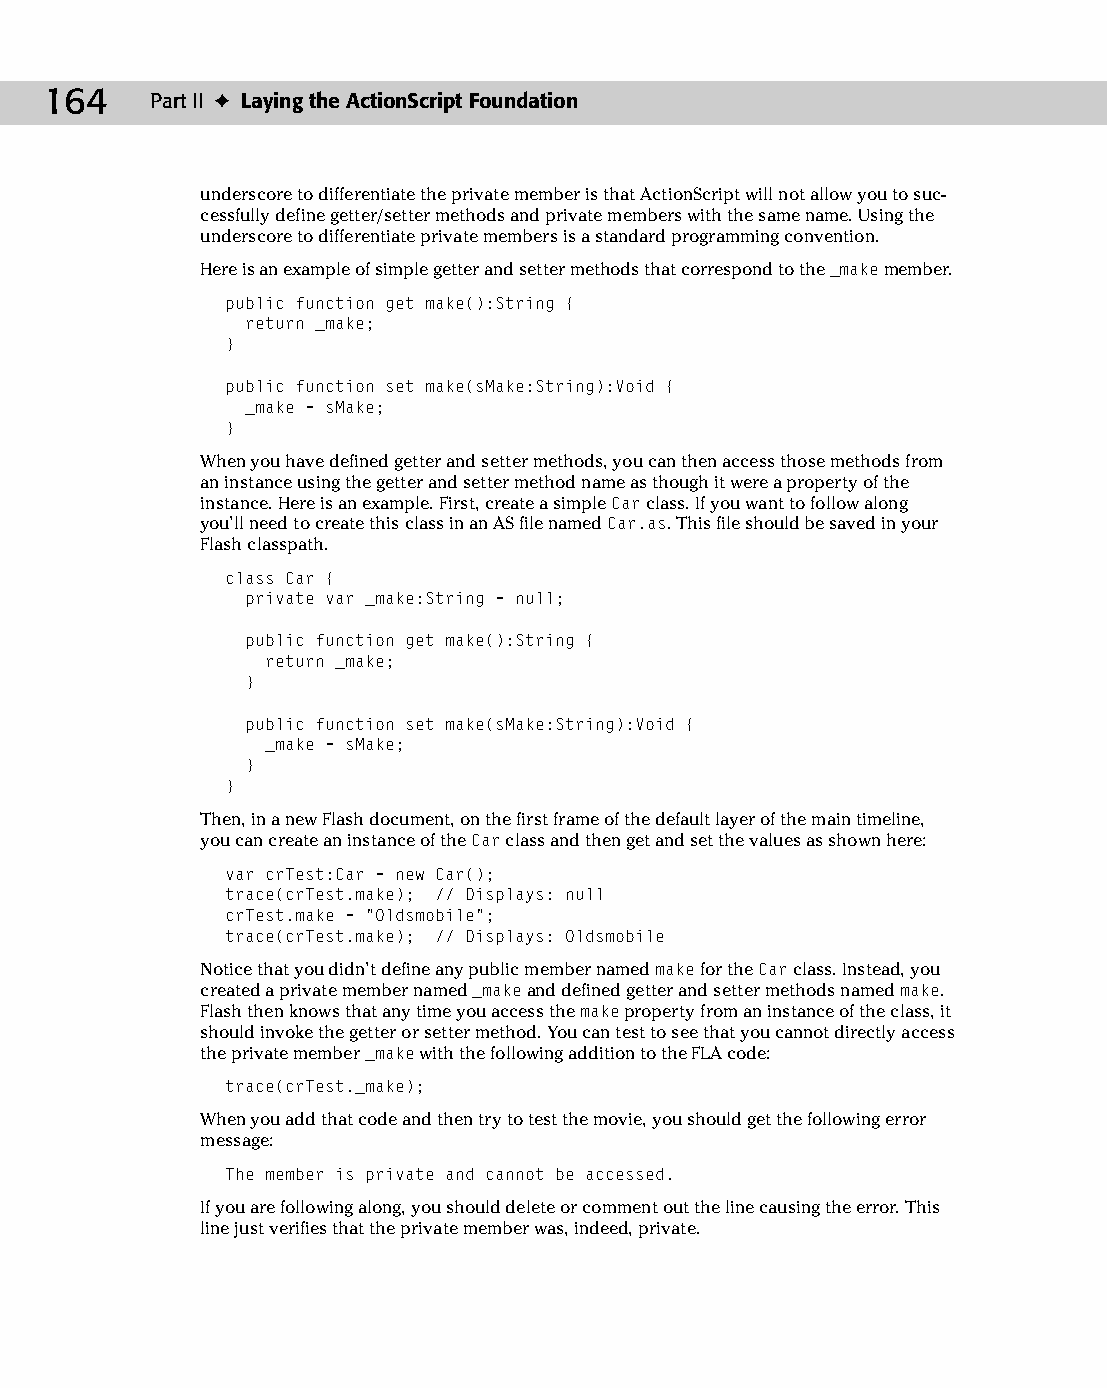
10 543547 ch07.qxd 3/24/04 3:50 PM Page 164
 164    Part II ✦ Laying the ActionScript Foundation
 underscore to differentiate the private member is that ActionScript will not allow you to suc­
 cessfully define getter/setter methods and private members with the same name. Using the
 underscore to differentiate private members is a standard programming convention.
 Here is an example of simple getter and setter methods that correspond to the _make member.
 public function get make():String {
 return _make;
 }
 public function set make(sMake:String):Void {
 _make = sMake;
 }
 When you have defined getter and setter methods, you can then access those methods from
 an instance using the getter and setter method name as though it were a property of the
 instance. Here is an example. First, create a simple Car class. If you want to follow along
 you’ll need to create this class in an AS file named Car.as. This file should be saved in your
 Flash classpath.
 class Car {
 private var _make:String = null;
 public function get make():String {
 return _make;
 }
 public function set make(sMake:String):Void {
 _make = sMake;
 }
 }
 Then, in a new Flash document, on the first frame of the default layer of the main timeline,
 you can create an instance of the Car class and then get and set the values as shown here:
 var crTest:Car = new Car();
 trace(crTest.make); // Displays: null
 crTest.make = “Oldsmobile”;
 trace(crTest.make); // Displays: Oldsmobile
 Notice that you didn’t define any public member named make for the Car class. Instead, you
 created a private member named _make and defined getter and setter methods named make.
 Flash then knows that any time you access the make property from an instance of the class, it
 should invoke the getter or setter method. You can test to see that you cannot directly access
 the private member _make with the following addition to the FLA code:
 trace(crTest._make);
 When you add that code and then try to test the movie, you should get the following error
 message:
 The member is private and cannot be accessed.
 If you are following along, you should delete or comment out the line causing the error. This
 line just verifies that the private member was, indeed, private.